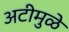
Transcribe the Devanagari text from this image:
अटीमुळे